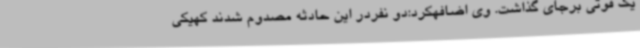
یک فوتی برجای گذاشت. وی اضافهکرد:دو نفردر این حادثه مصدوم شدند کهیکی